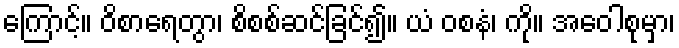
ကြောင့်။ ဝိစာရေတွာ၊ စိစစ်ဆင်ခြင်၍။ ယံ ဝစနံ၊ ကို။ အဝေါစုမှာ၊